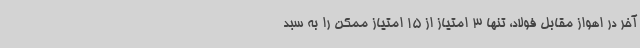
آخر در اهواز مقابل فولاد، تنها 3 امتیاز از 15 امتیاز ممکن را به سبد